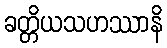
ခတ္တိယသဟဿာနိ